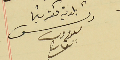
بلدية كفرشيما رئىس ىعوم دىب القارح